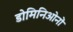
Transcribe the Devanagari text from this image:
डोमिनिओनों